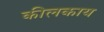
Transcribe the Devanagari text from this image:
कीलकाय